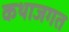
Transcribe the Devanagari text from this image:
कथाजगत